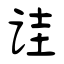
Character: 诖